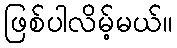
ဖြစ်ပါလိမ့်မယ်။